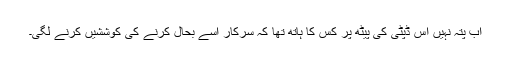
اب پتہ نہیں اس ڈپٹی کی پیٹھ پر کس کا ہاتھ تھا کہ سرکار اسے بحال کرنے کی کوششیں کرنے لگی۔